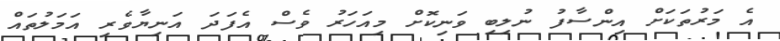
އެ މަރުތަކަށް އިންސާފު ނުލިބި ވަނިކޮށް މިއަހަރު ވެސް އެފަދަ އަނިޔާވެރި އަމަލުތައް